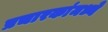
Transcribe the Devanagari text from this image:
प्रचारकांमध्ये